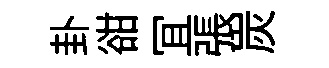
卦𧮳冝張炭